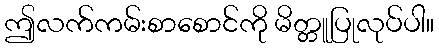
ဤလက်ကမ်းစာစောင်ကို မိတ္တူပြုလုပ်ပါ။